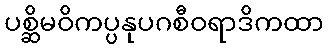
ပစ္ဆိမဝိကပ္ပနုပဂစီဝရာဒိကထာ